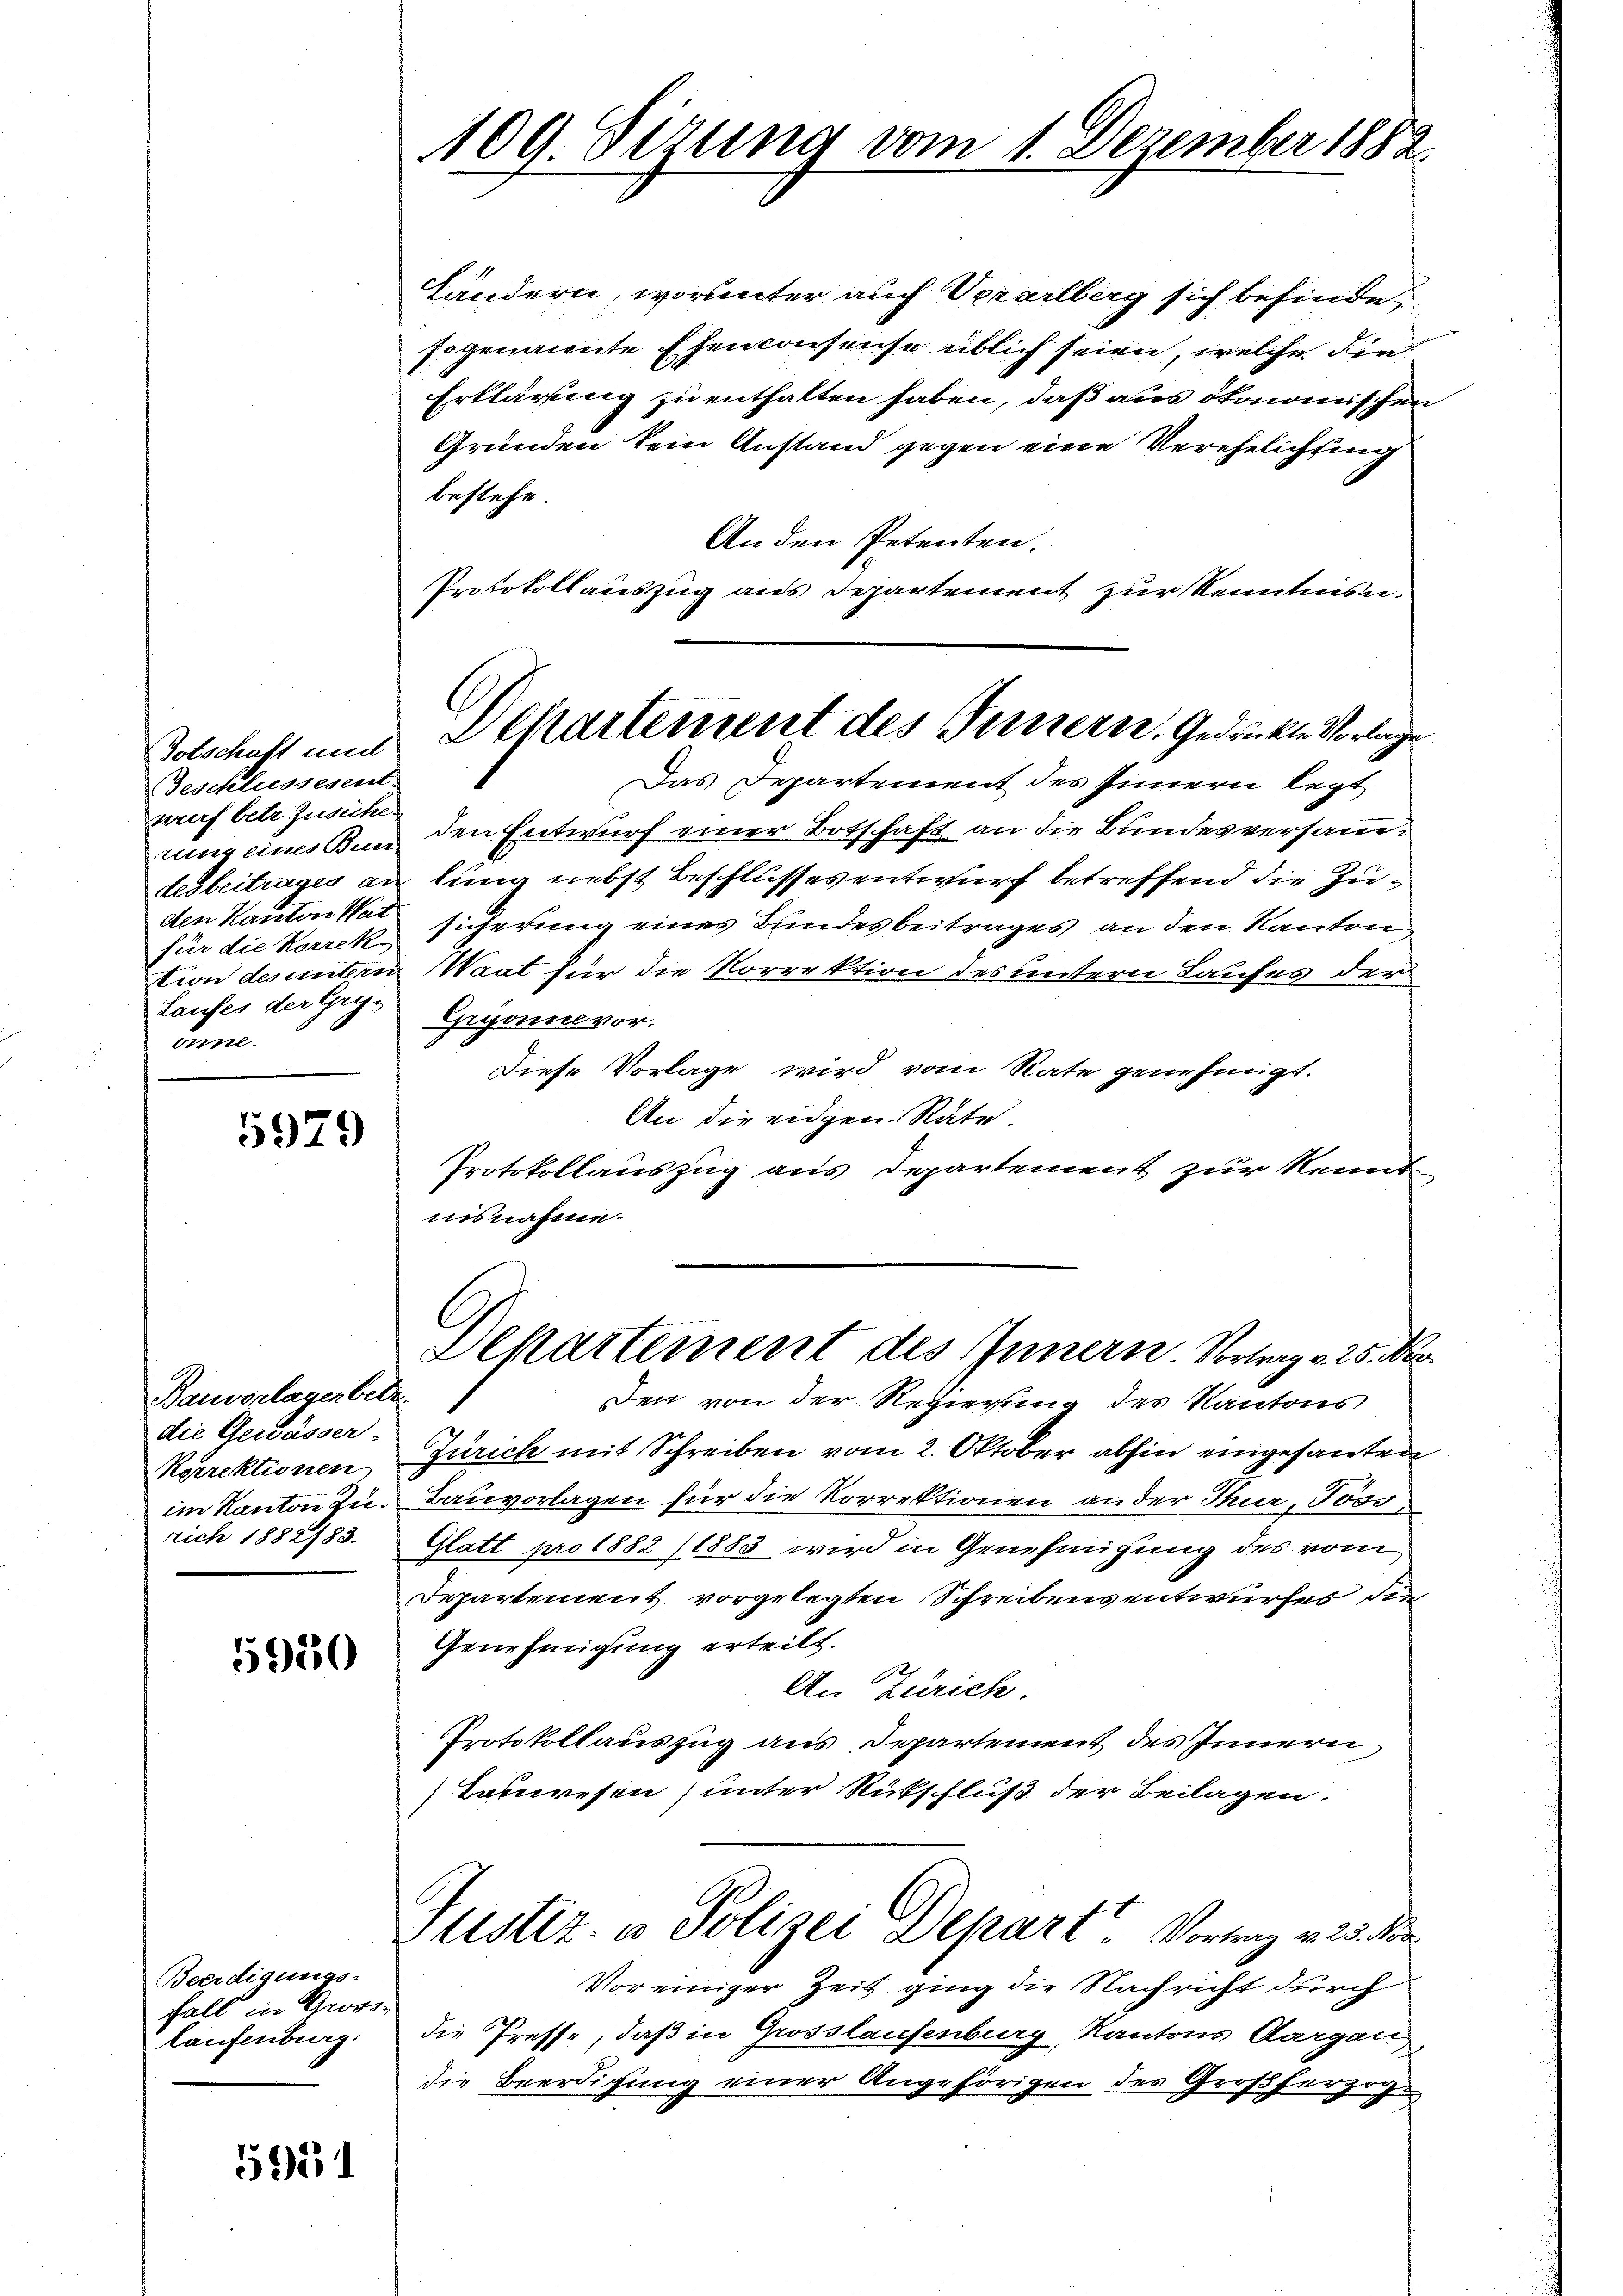
Botschaft und
Geschlussesent
wurf betr. Zusiche
rung eines Bun-
den Kanton Wat
für die Korrek
tion des untern
Laufes der Ge-
önne.

5979

Bauverlagen betr.
die Gewässer-
Korrektionen
im Kanton zu.
rich 1882/83.

15920

Beerdigungs-
Fall in Gross-
laufenburg.

595.

100. Jezung vom 1. Dezember 1882.

Ländern, worunter auch Verarlberg sich befinde
sogenannte Ehenconsense üblich seien, welche die
Erklärung zu enthalten haben, daß aus ökonomischen
Gründen kein Anstand gegen eine Verehelichtung
bestehe.
An den Petenten.
Protokollauszug aus Departement zur Kenntnis.
Das Departement des Innern legt
den Entwurf einer Botschaft an die Bundesversamdesbeitrages an lung nebst Beschlussesentwurf betreffend die Zusicherung eines Bundesbeitrages an den Kanton
Waat für die Korrektion des untern Laufes der
Gyonne vor.
Diese Vorlage wird vom Rate genehmigt.
An die eidgen. Räte.
Protokollauszug aus Departement zur Kennt
nisnahme.

Departement des Tunnern, Gedrückte Vorlage.

C
Departement des Innern. Vortrag v. 25. No.

Den von der Regierung des Kantons
Zürich mit Schreiben vom 2. Oktober abhin eingesanten
Bauvorlagen für die Korrektionen an der Thur, Joss
Glatt pro 1882 (1883 wird in Genehmigung des vom
Departement vorgelegten Schreibensentwurfes die
Genehmigung erteilt.
An Zürich.
Protokollauszug aus Departement des Innern
Tabwesen unter Rückschluß der Beilagen.

Justiz- u Polizei Depart Vortrag v. 23. Nor

Vor einiger Zeit ging die Nachricht durch
die Presse, daß in Grosslaufenburg, Kantons Aargau,
die Beerdigung einer Angehörigen der Großherzog¬